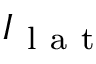
I _ { \mathrm { ~ l ~ a ~ t ~ } }